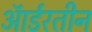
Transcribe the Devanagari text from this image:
ऑर्डरतीन